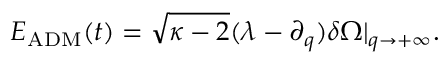
E _ { \mathrm { A D M } } ( t ) = \sqrt { \kappa - 2 } ( \lambda - \partial _ { q } ) \delta \Omega | _ { q \rightarrow + \infty } .